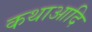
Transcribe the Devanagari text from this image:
कथाआदि